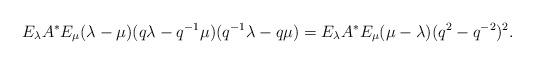
LaTeX: \begin{align*}E_\lambda A^* E_\mu (\lambda - \mu)( q \lambda - q^{-1} \mu) (q^{-1} \lambda - q \mu)= E_\lambda A^* E_\mu (\mu-\lambda) (q^2-q^{-2})^2.\end{align*}